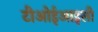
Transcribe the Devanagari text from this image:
टीओईआइसी